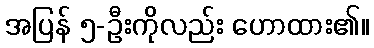
အပြန် ၅-ဦးကိုလည်း ဟောထား၏။